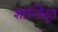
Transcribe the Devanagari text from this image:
शान्तिदूत